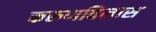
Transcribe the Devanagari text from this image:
करुणविलास